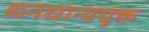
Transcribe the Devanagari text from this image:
धनधान्ययुक्त